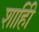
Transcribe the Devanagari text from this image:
शाहीि